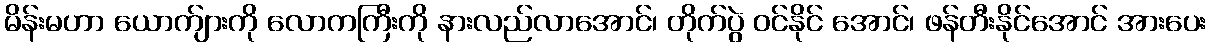
မိန်းမဟာ ယောက်ျားကို လောကကြီးကို နားလည်လာအောင်၊ တိုက်ပွဲ ဝင်နိုင် အောင်၊ ဖန်တီးနိုင်အောင် အားပေး